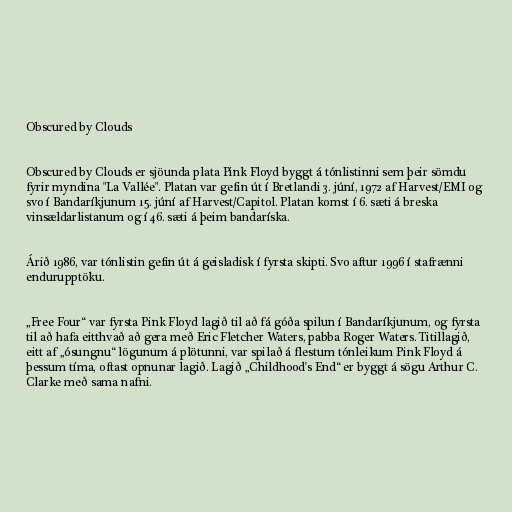
Obscured by Clouds

Obscured by Clouds er sjöunda plata Pink Floyd byggt á tónlistinni sem þeir sömdu
fyrir myndina "La Vallée". Platan var gefin út í Bretlandi 3. júní, 1972 af Harvest/EMI og
svo í Bandaríkjunum 15. júní af Harvest/Capitol. Platan komst í 6. sæti á breska
vinsældarlistanum og í 46. sæti á þeim bandaríska.

Árið 1986, var tónlistin gefin út á geisladisk í fyrsta skipti. Svo aftur 1996 í stafrænni
endurupptöku.

„Free Four“ var fyrsta Pink Floyd lagið til að fá góða spilun í Bandaríkjunum, og fyrsta
til að hafa eitthvað að gera með Eric Fletcher Waters, pabba Roger Waters. Titillagið,
eitt af „ósungnu“ lögunum á plötunni, var spilað á flestum tónleikum Pink Floyd á
þessum tíma, oftast opnunar lagið. Lagið „Childhood's End“ er byggt á sögu Arthur C.
Clarke með sama nafni.